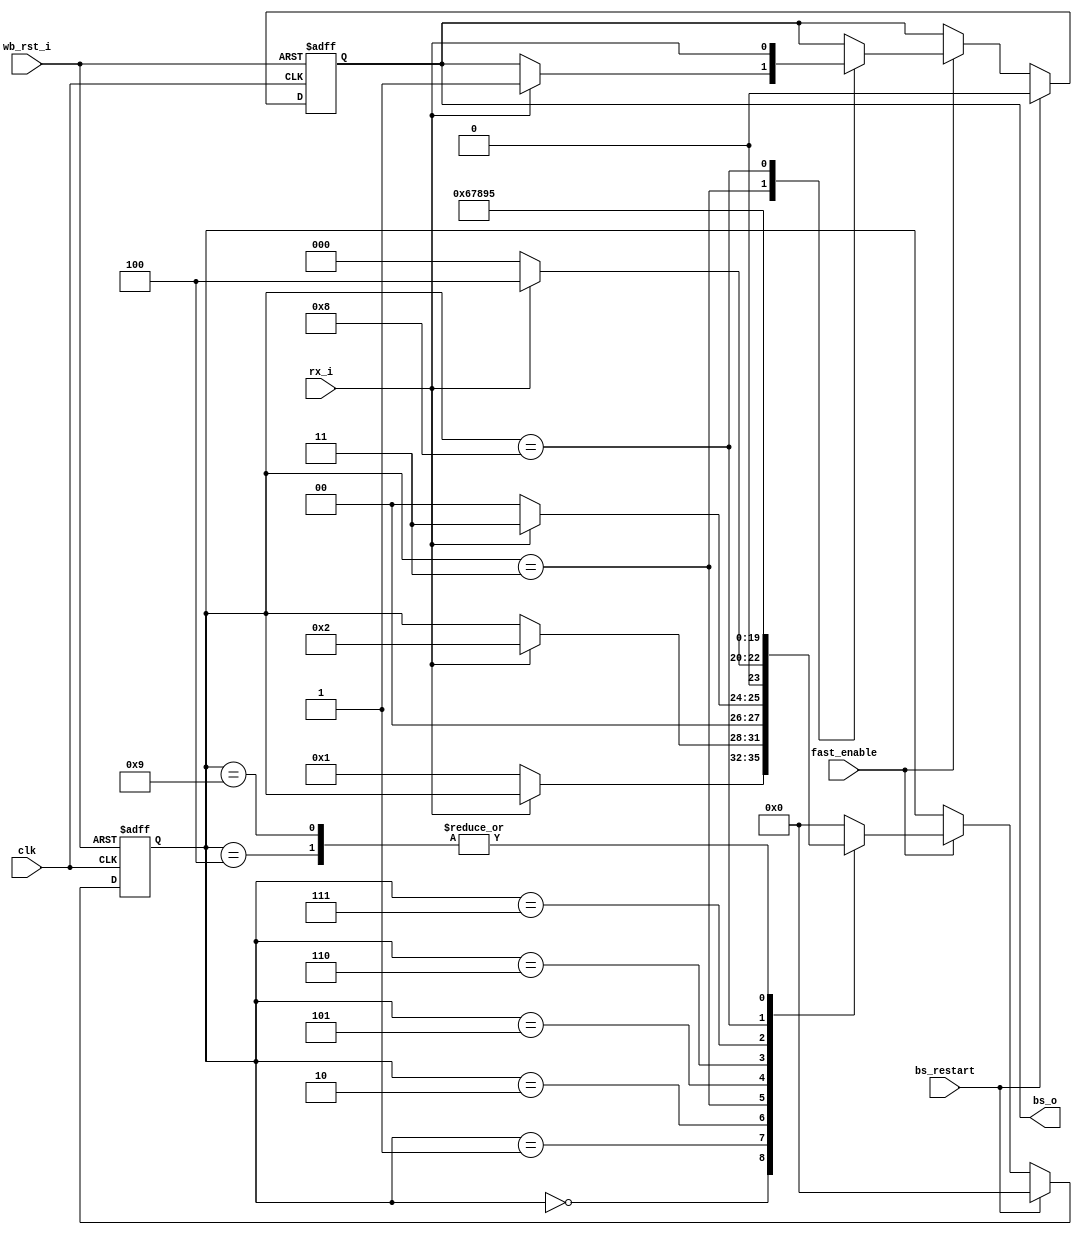
module irda_fir_bit_sync (clk, wb_rst_i, bs_restart, rx_i, fast_enable, bs_o);
// synchronizes to bit level. the 40Mhz clock is used to sample on the third clock of each bit
// syncronyzation starts on bs_restart

input		clk;
input		wb_rst_i;
input		bs_restart;
input		rx_i;		// input from the led
input		fast_enable; // 40Mhz clock

output	bs_o;	// bit output

reg		bs_o;

// Bit synchronizer FSM

parameter st0=0, st1=1, st2=2, st3=3, st4=4, st5=5, st6=6, st7=7, st8=8, st9=9;

reg	[3:0]	state;

always @(posedge clk or posedge wb_rst_i)
begin
	if (wb_rst_i) begin
		state <= #1 st0;
		bs_o <= #1 0;
	end else if (bs_restart) begin
		state <= #1 st0;
		bs_o <= #1 0;
	end else if (fast_enable) begin
	case (state)
		st0 : if (rx_i==0) state <= #1 st1;
		st1 : if (rx_i==1) state <= #1 st2;
		st2 : if (rx_i==1) state <= #1 st3; else state <= #1 st0;
		st3 : if (rx_i==1) begin
					state <= #1 st4;
					bs_o <= #1 1;
				end else
					state <= #1 st0;
		st4 : state <= #1 st5;
		st5 : state <= #1 st6;
		st6 : state <= #1 st7;
		st7 : state <= #1 st8;
		st8 : begin
					state <= #1 st9;
					bs_o <= #1 rx_i;
				end
		st9 : state <= #1 st5;
		default :
			state <= #1 st0;
	endcase
	end
end

endmodule